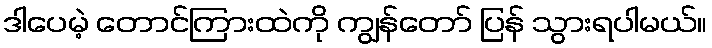
ဒါပေမဲ့ တောင်ကြားထဲကို ကျွန်တော် ပြန် သွားရပါမယ်။